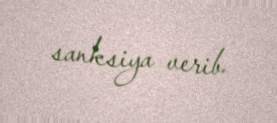
sanksiya verib.